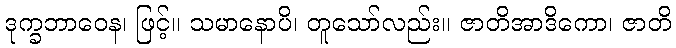
ဒုက္ခဘာဝေန၊ ဖြင့်။ သမာနောပိ၊ တူသော်လည်း။ ဇာတိအာဒိကော၊ ဇာတိ